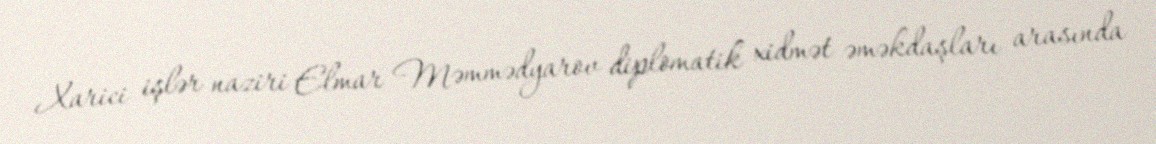
Xarici işlər naziri Elmar Məmmədyarov diplomatik xidmət əməkdaşları arasında